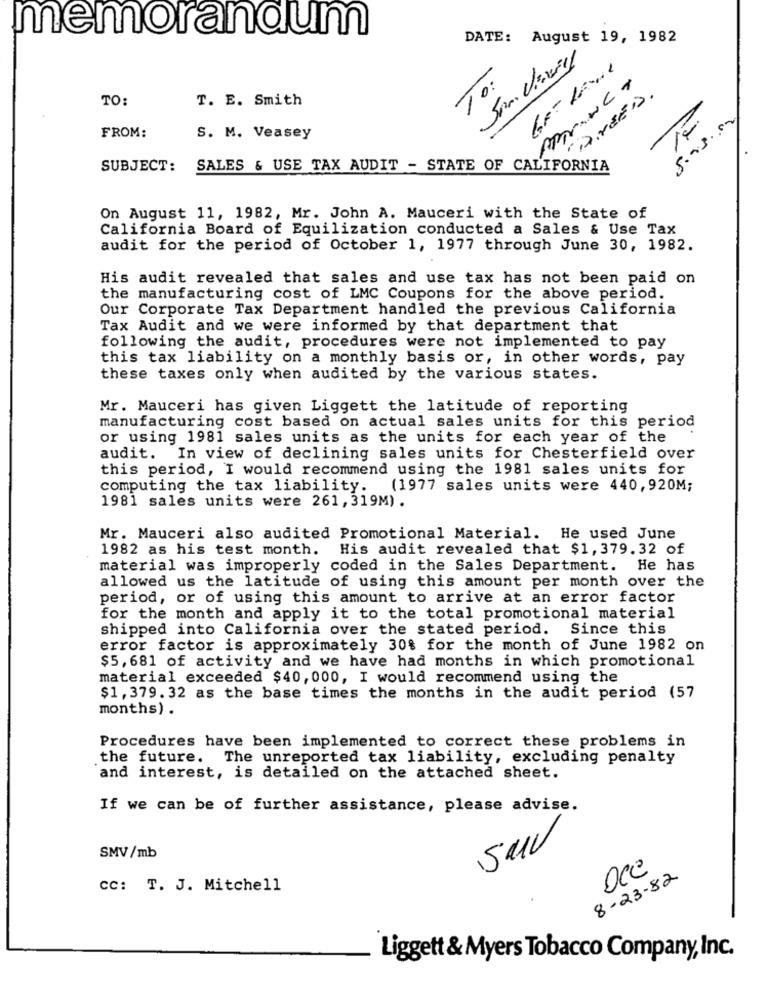
memorandum
DATE: August 19, 1982
-
To:
Princ+
TO:
T. E. Smith
DINEEDS.
5.03.00
FROM:
S. M. Veasey
31
SUBJECT:
SALES & USE TAX AUDIT - STATE OF CALIFORNIA
On August 11, 1982, Mr. John A. Mauceri with the State of
California Board of Equilization conducted a Sales & Use Tax
audit for the period of October 1, 1977 through June 30, 1982.
His audit revealed that sales and use tax has not been paid on
the manufacturing cost of LMC Coupons for the above period.
Our Corporate Tax Department handled the previous California
Tax Audit and we were informed by that department that
following the audit, procedures were not implemented to pay
this tax liability on a monthly basis or, in other words, pay
these taxes only when audited by the various states.
Mr. Mauceri has given Liggett the latitude of reporting
manufacturing cost based on actual sales units for this period
or using 1981 sales units as the units for each year of the
audit. In view of declining sales units for Chesterfield over
this period, I would recommend using the 1981 sales units for
computing the tax liability.
(1977 sales units were 440,920M;
1981 sales units were 261,319M).
Mr. Mauceri also audited Promotional Material. He used June
1982 as his test month.
His audit revealed that $1,379.32 of
material was improperly coded in the Sales Department. He has
allowed us the latitude of using this amount per month over the
period, or of using this amount to arrive at an error factor
for the month and apply it to the total promotional material
shipped into California over the stated period.
Since this
error factor is approximately 30% for the month of June 1982 on
$5, 681 of activity and we have had months in which promotional
material exceeded $40, 000, I would recommend using the
$1, 379. 32 as the base times the months in the audit period (57
months) .
Procedures have been implemented to correct these problems in
the future. The unreported tax liability, excluding penalty
and interest, is detailed on the attached sheet.
If we can be of further assistance, please advise.
Suv
SMV/mb
Oce
8 - 23- 82
CC: T. J. Mitchell
Liggett & Myers Tobacco Company, Inc.